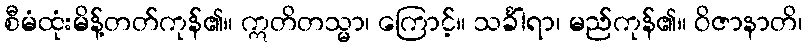
စီမံထုံးမိန့်တတ်ကုန်၏။ ဣတိတသ္မာ၊ ကြောင့်။ သင်္ခါရာ၊ မည်ကုန်၏။ ဝိဇာနာတိ၊